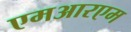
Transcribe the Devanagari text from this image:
एमआरएम